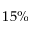
1 5 \%